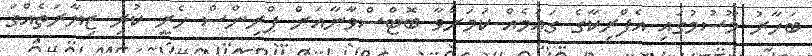
ބަހާރު މޫސުމުގައި އެފްރިކާގެ ގައުމެއް ކަމަށްވާ ބޮޓްސްވާނާއަށް ޕްރިންސް ހެރީ ކުރި ޒިޔާރަތެއްގަ